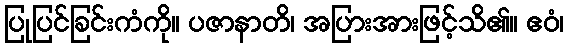
ပြုပြင်ခြင်းကံကို။ ပဇာနာတိ၊ အပြားအားဖြင့်သိ၏။ ဧဝံ၊